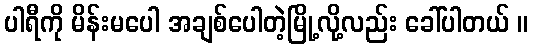
ပါရီကို မိန်းမပေါ အချစ်ပေါတဲ့မြို့လို့လည်း ခေါ်ပါတယ် ။